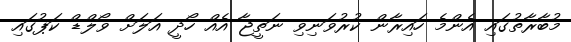
މުބާރާތުގައި އެންމެ ހައިރާން ކުރުވަނިވި ނަތީޖާ އެއް ހޯދީ އަލަށް ވޯލްޑް ކަޕުގައި